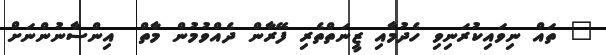
" ތައް ނިވައިކުރަނިވި ހެދުމާއި ޒީނަތްތެރި ފޭރާން ދެއްވުމުން މާތް  އިންސާނުންނަށް